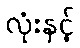
လုံးနှင့်